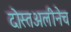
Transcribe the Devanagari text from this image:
दोस्तअलीनेच